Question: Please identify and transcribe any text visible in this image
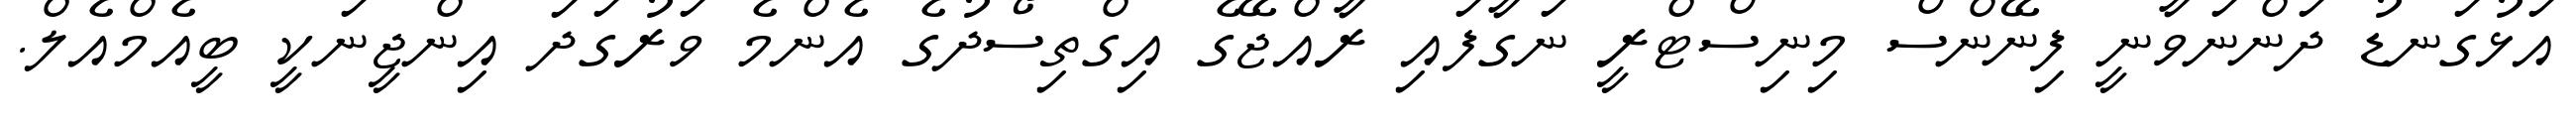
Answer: އަޅުގަނޑު ދަންނަވާނީ ފިނޭންސް މިނިސްޓްރީ ނަގާފައި ރާއްޖޭގެ އިގްތިސޯދުގެ އެންމެ ވަރުގަދަ އިންޖީނަކީ ބީއެމްއެލް.